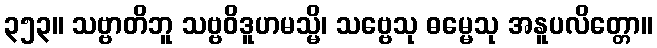
၃၅၃။ သဗ္ဗာတိဘူ သဗ္ဗဝိဒူဟမသ္မိ၊ သဗ္ဗေသု ဓမ္မေသု အနူပလိတ္တော။